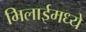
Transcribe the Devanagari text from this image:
भिलाईमध्ये